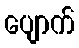
ပျောက်